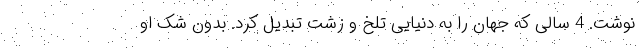
نوشت. 4 سالی که جهان را به دنیایی تلخ و زشت تبدیل کرد. بدون شک او